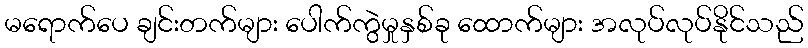
မရောက်ပေ ချင်းတက်များ ပေါက်ကွဲမှုနှစ်ခု ထောက်များ အလုပ်လုပ်နိုင်သည်